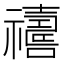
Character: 𱵵